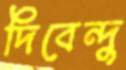
দিবেন্দু